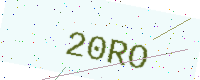
Text: 20RO